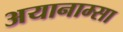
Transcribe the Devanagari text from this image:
अयानाम्सा